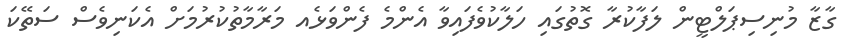
ގާޒާ މުނިސިޕަލްޓީން ލަފާކުރާ ގޮތުގައި ހަލާކުވެފައިވާ އެންމެ ފެންވަޅެއ މަރާމާތުކުރުމަށް އެކަނިވެސް ސަތޭކަ